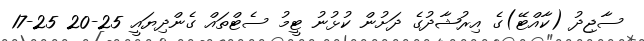
ސާޖިދު (ކާއްޓޭ)ގެ އިރުޝާދުގެ ދަށުން ކުޅުނު ޓީމު ސެޓްތައް ގެންދިޔައީ 25-20 25-17